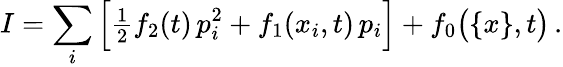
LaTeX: I=\sum_{i}\Big[{\textstyle\frac{1}{2}}f_{2}(t)\, p_{i}^{2}+f_{1}(x_{i},t)\, p_{i}\Big]+f_{0}\big(\{ x\} ,t\big)\, .